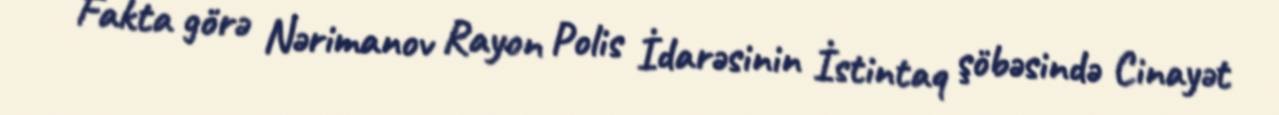
Fakta görə Nərimanov Rayon Polis İdarəsinin İstintaq şöbəsində Cinayət